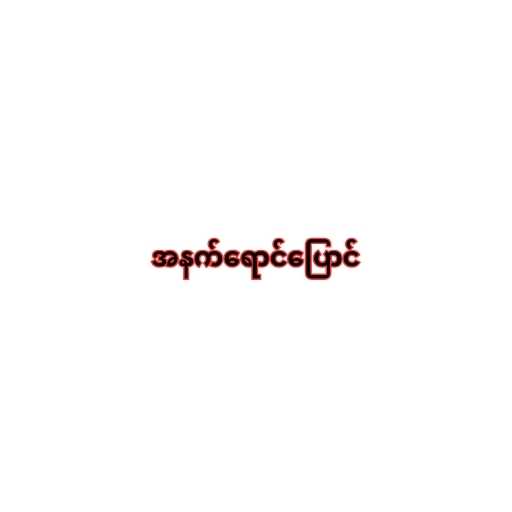
အနက်ရောင်ပြောင်